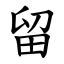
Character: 留